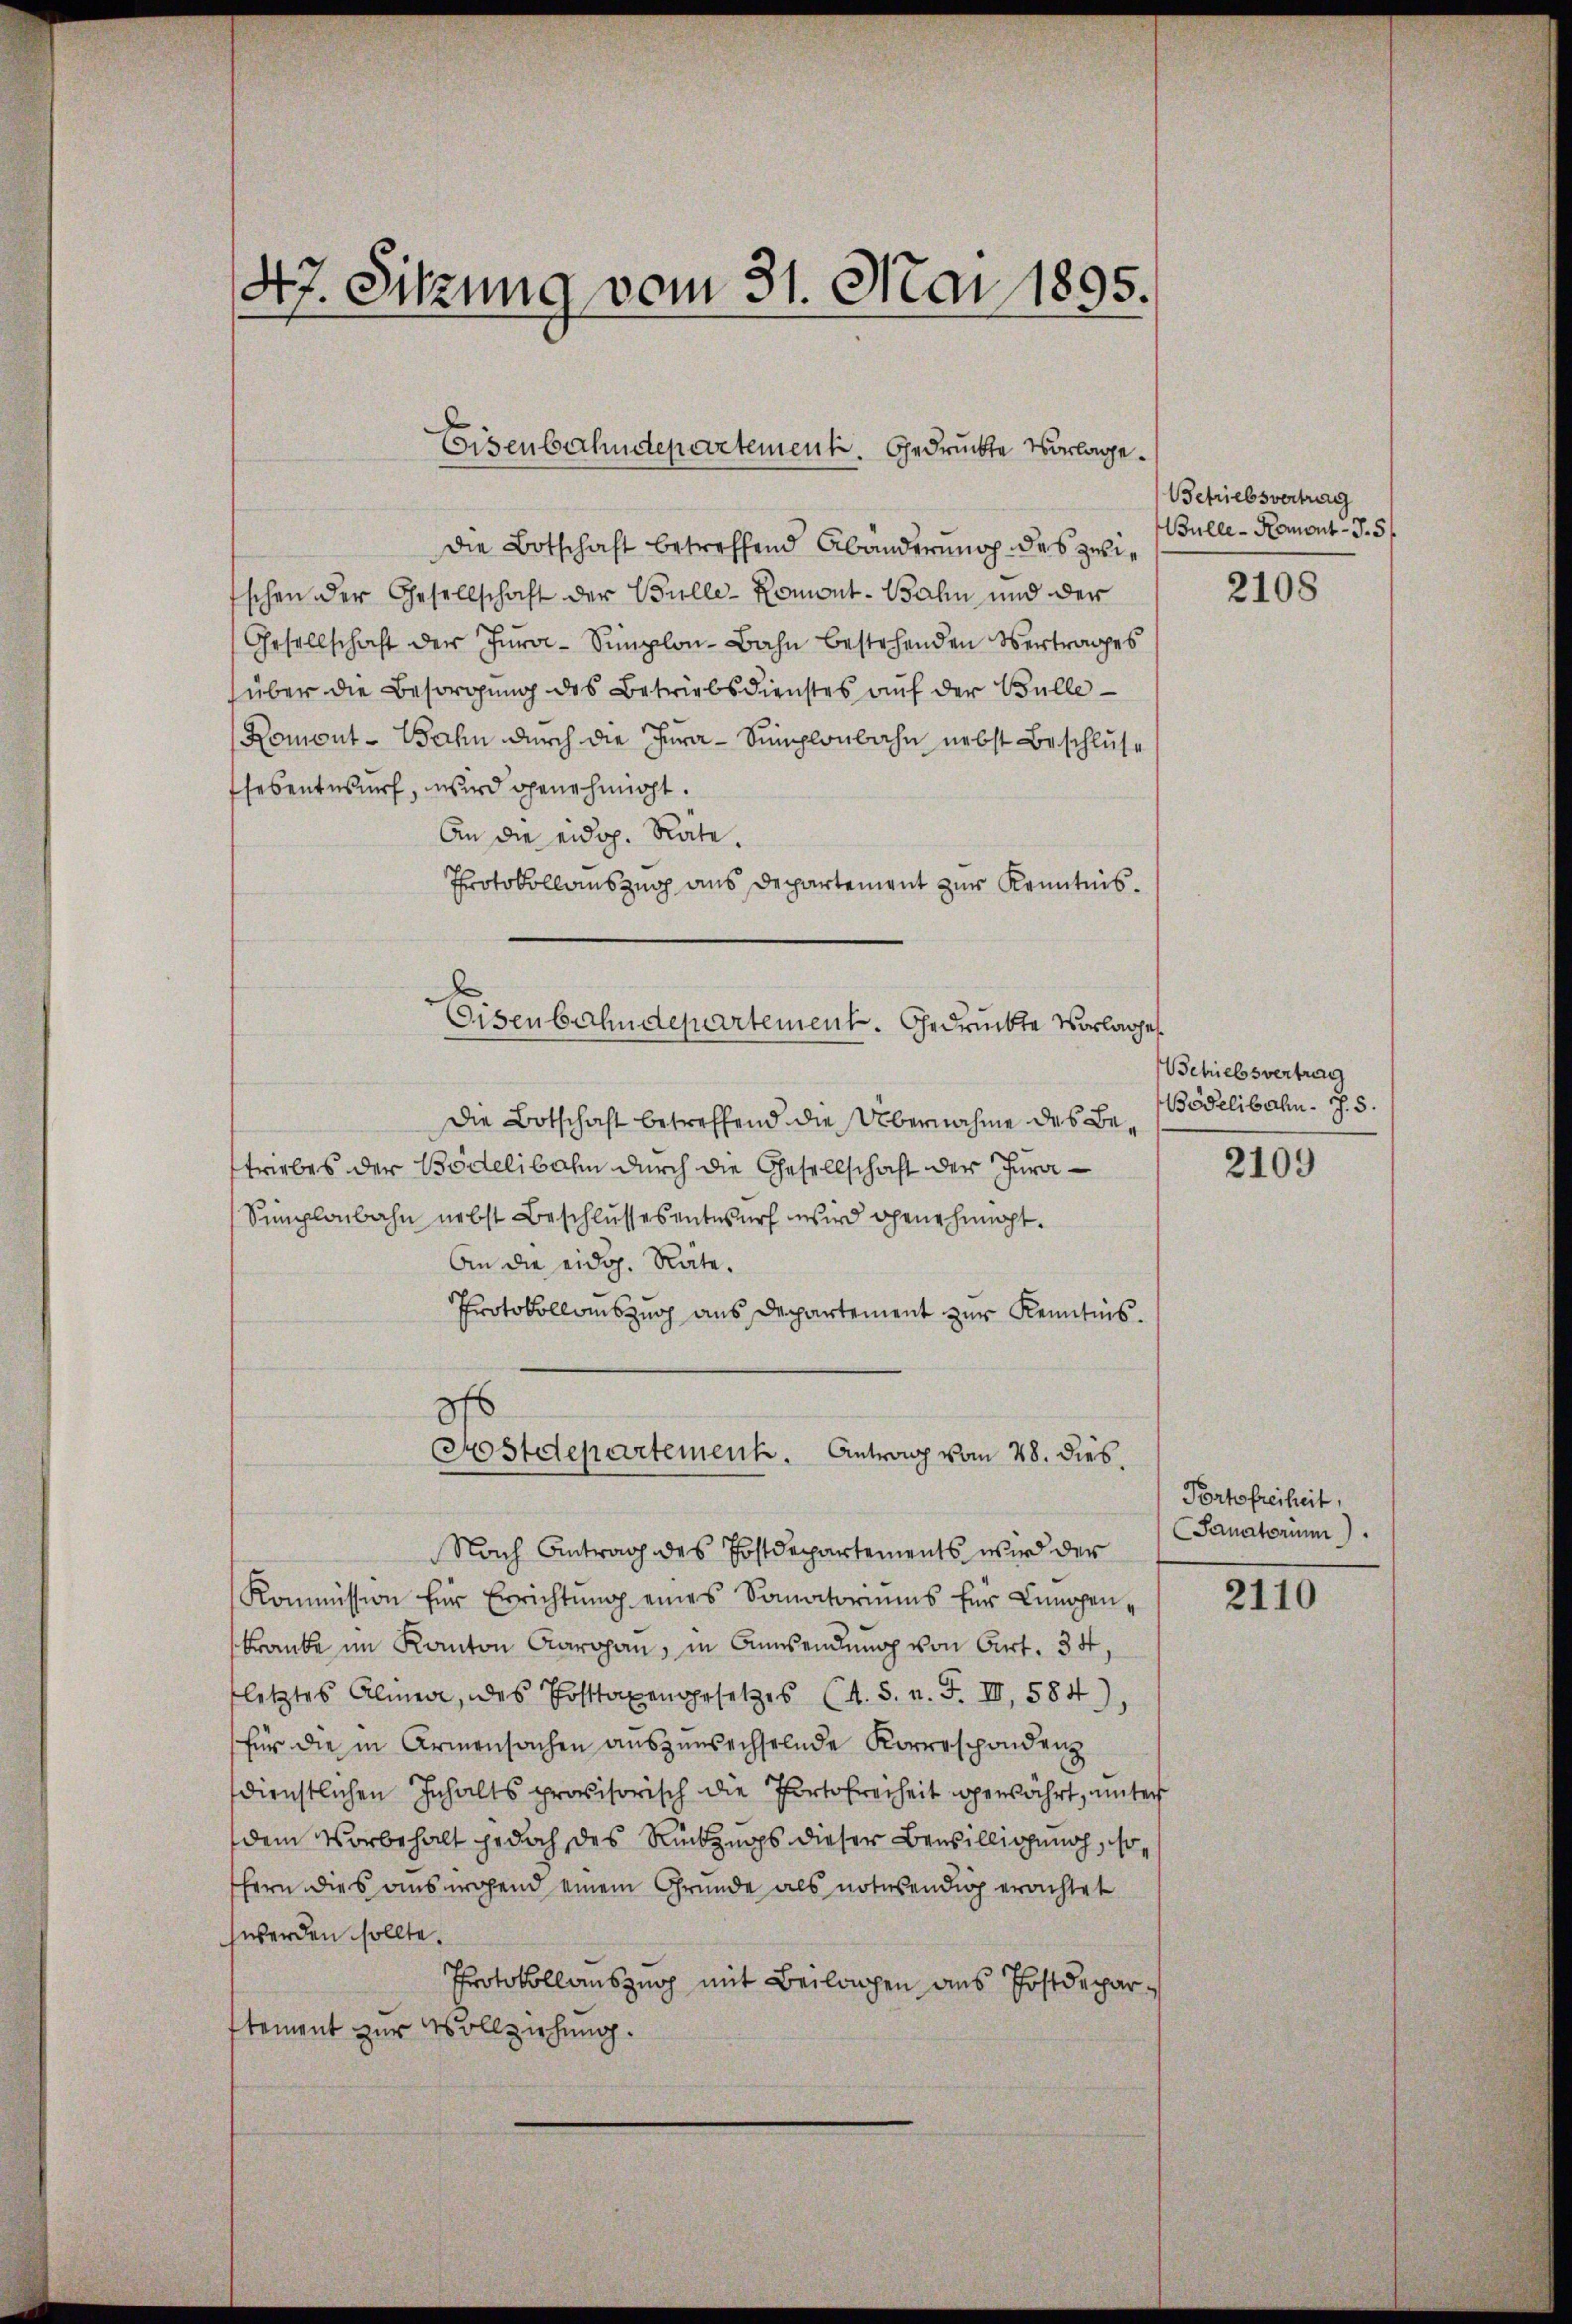
47. Sitzung vom 31. Mai 1895.

die Botschaft betreffend Abänderung des zwi¬
Eschen der Gesellschaft der Bulle-Romont-Bahn und der
Gesellschaft der Jura-Simplon-Bahn bestehenden Vertrages
über die Besorgung des Betriebsdienstes auf der Bulle
Romont-Bahn durch die Jura-Simplonbahn nebst Beschluse
Thesentwurf, wird genehmigt.
An die eidop. Rate.
Protokollauszug aus Departement zur Kenntnis¬
Eisenbahndepartement. Gedrückte Vorlage
die Botschaft betreffend die Übernahme des Betriebes der Bödelibahn durch die Gesellschaft der Jura¬
Simplonbahn nebst Beschlussesentwurf wird genehmigt.
An die eidg. Räte.
Protokollauszug aus Departement zur Kenntnis.
876

Eisenbahndepartement. Gedruckte Vorlage¬

Postdepartement. Antrag vom 28. dies

Betriebsvertrag
Bulle - Romont-J. 5/

Nach Antrag des Postdepartements wird der
Kommission für Errichtung eines Sanatoriums für Lumpenkranke im Kanton Aargau, in Ansendung von Art. 34,
letztes Almen, das Posttaxengesetzes (s. S. n. F. IV, 584.)
für die in Armensachen auszuwechselnde Korerschondenz
dienstlichen Inhalts provisorisch die Portohrerheit gewährt, unter
dem Vorbehalt jedoch des Rückzugs dieser Bewilligung, sohern dies ausnahend einem Grunde als notwendig erachtet
hwerden sollte.
Protokollauszug mit Beilagen aus Postdeparstement zur Vollziehung.

2108

Schriebesvertrag
Bödelibahn. J. S.

2109

Portofreiheit,
Sanatorium).

2110